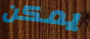
يمكن